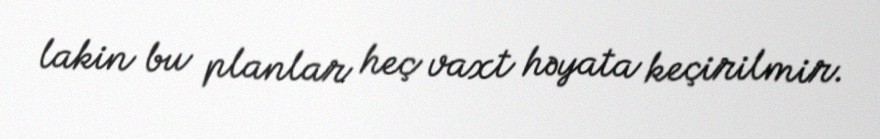
lakin bu planlar heç vaxt həyata keçirilmir.